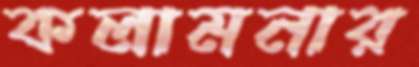
কলামনার